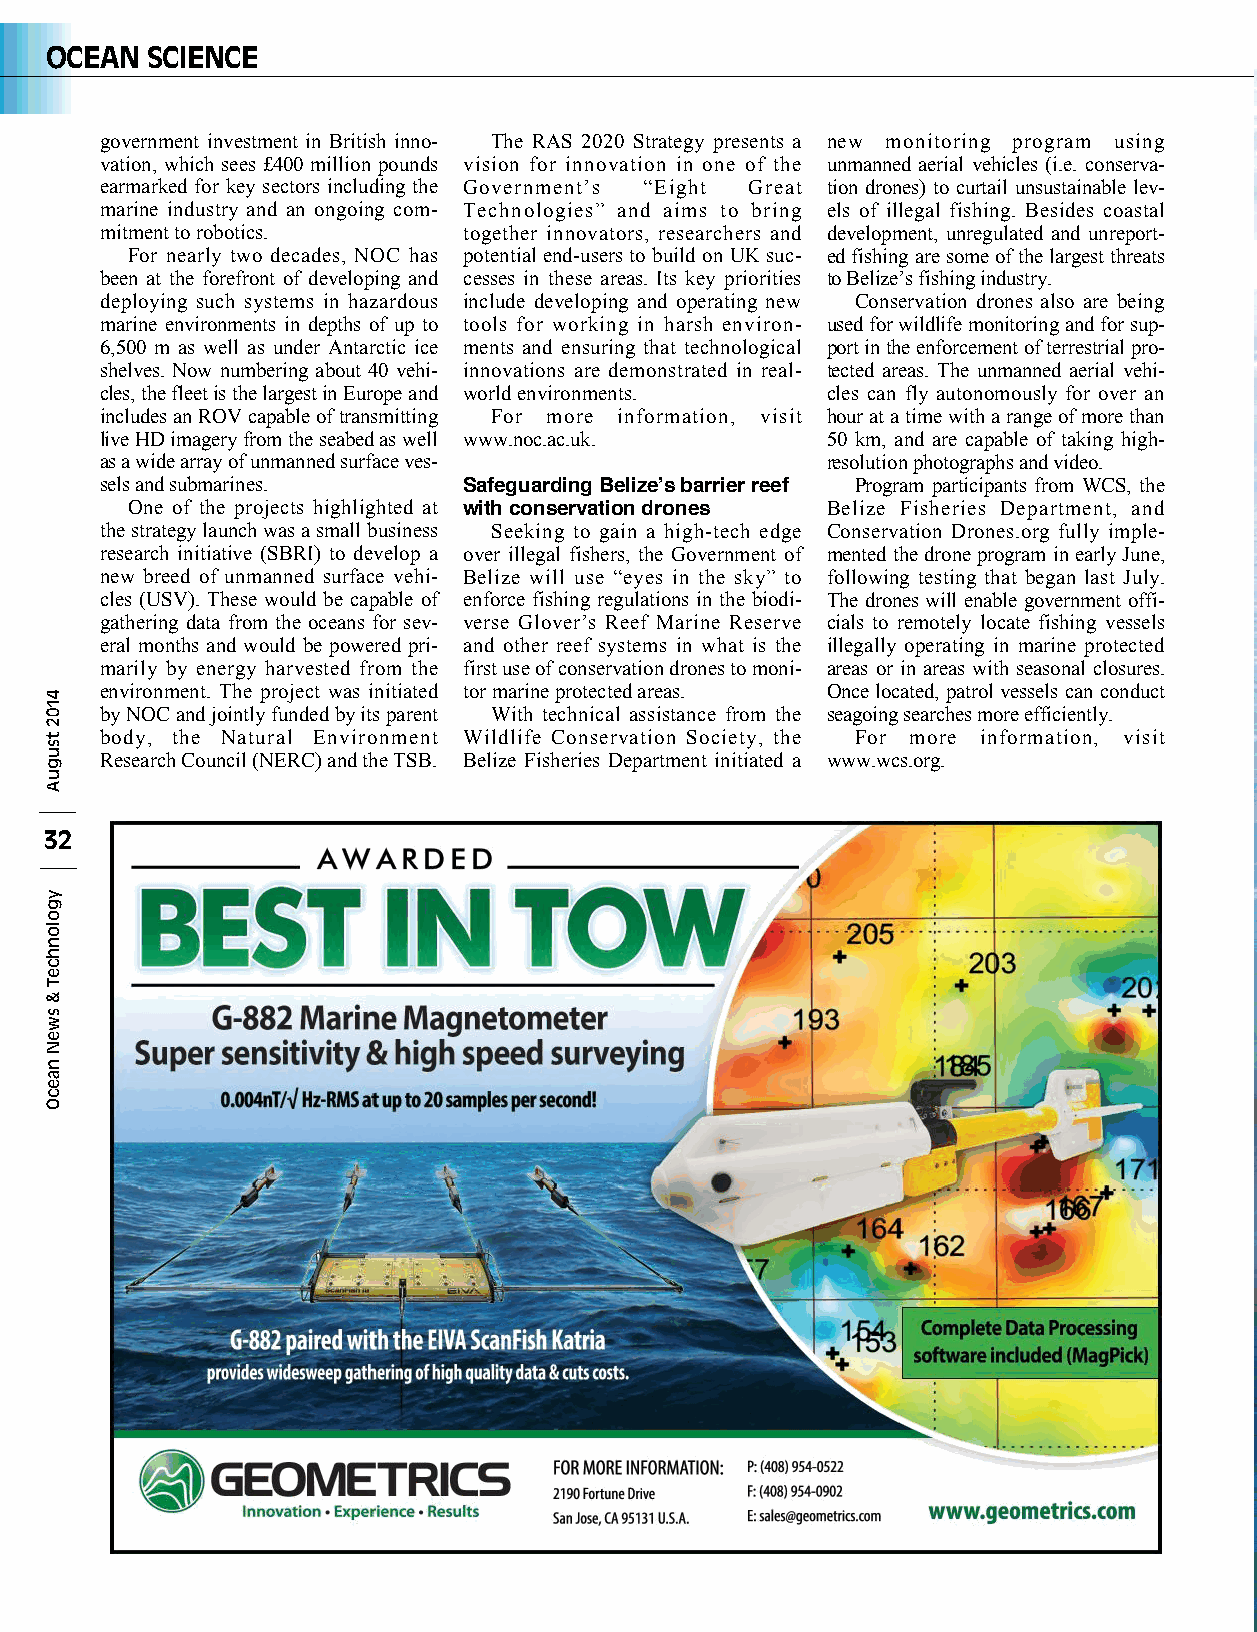
OCEAN  SCIENCE
 government investment in British inno- The RAS 2020 Strategy presents a new monitoring program using
 vation, which sees £400 million pounds vision for innovation in one of the unmanned aerial vehicles (i.e. conserva-
 earmarked for key sectors including the Government’s “Eight Great tion drones) to curtail unsustainable lev-
 marine industry and an ongoing com- Technologies” and aims to bring els of illegal fishing. Besides coastal
 mitment to robotics.    together innovators, researchers and development, unregulated and unreport-
 For nearly two decades, NOC has potential end-users to build on UK suc- ed fishing are some of the largest threats
 been at the forefront of developing and cesses in these areas. Its key priorities to Belize’s fishing industry.
 deploying such systems in hazardous include developing and operating new Conservation drones also are being
 marine environments in depths of up to tools for working in harsh environ- used for wildlife monitoring and for sup-
 6,500 m as well as under Antarctic ice ments and ensuring that technological port in the enforcement of terrestrial pro-
 shelves. Now numbering about 40 vehi- innovations are demonstrated in real- tected areas. The unmanned aerial vehi-
 cles, the fleet is the largest in Europe and world environments. cles can fly autonomously for over an
 includes an ROV capable of transmitting For more information, visit hour at a time with a range of more than
 live HD imagery from the seabed as well www.noc.ac.uk. 50 km, and are capable of taking high-
 as a wide array of unmanned surface ves-        resolution photographs and video.
 sels and submarines.    Safeguarding Belizeʼs barrier reef Program participants from WCS, the
 One of the projects highlighted at with conservation drones Belize Fisheries Department, and
 the strategy launch was a small business Seeking to gain a high-tech edge Conservation Drones.org fully imple-
 research initiative (SBRI) to develop a over illegal fishers, the Government of mented the drone program in early June,
 new breed of unmanned surface vehi- Belize will use “eyes in the sky” to following testing that began last July.
 cles (USV). These would be capable of enforce fishing regulations in the biodi- The drones will enable government offi-
 gathering data from the oceans for sev- verse Glover’s Reef Marine Reserve cials to remotely locate fishing vessels
 eral months and would be powered pri- and other reef systems in what is the illegally operating in marine protected
 marily by energy harvested from the first use of conservation drones to moni- areas or in areas with seasonal closures.
 environment. The project was initiated tor marine protected areas. Once located, patrol vessels can conduct
 by NOC and jointly funded by its parent With technical assistance from the seagoing searches more efficiently.
 body, the Natural Environment Wildlife Conservation Society, the For more information, visit
 Research Council (NERC) and the TSB. Belize Fisheries Department initiated a www.wcs.org.
 32
 4102
 tsuguA
 ygolonhceT
 &
 sweN
 naecO